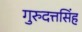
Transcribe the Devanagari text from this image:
गुरुदत्तसिंह